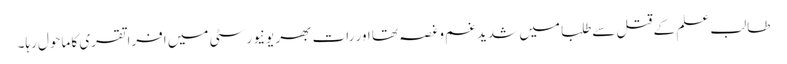
طالب علم کے قتل سےطلبا میں شدید غم وغصہ تھا اور رات بھر یونیورسٹی میں افراتقری کا ماحول رہا۔